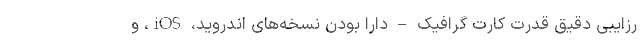
رزایبی دقیق قدرت کارت گرافیک – دارا بودن نسخه‌های اندروید، iOS، و